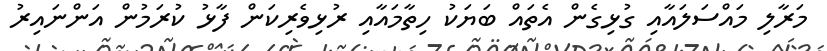
މަރާލި މައްސަލައާއި ގުޅިގެން އެތައް ބަޔަކު ހިތާމައާއި ރުޅިވެރިކަން ފާޅު ކުރަމުން އަންނައިރު